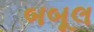
બબૂલ